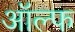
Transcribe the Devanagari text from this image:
ऑल्फ